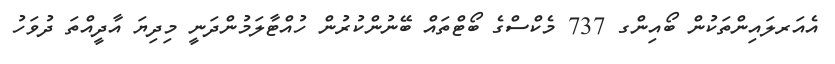
އެެއަރލައިންތަކުން ބޯއިންގ 737 މެކްސްގެ ބޯޓްތައް ބޭނުންކުުރުން ހުއްޓާލަމުންދަނީ މިދިޔަ އާދީއްތަ ދުވަހު